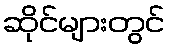
ဆိုင်များတွင်